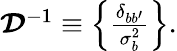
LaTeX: \begin{array}{r}{\mathbfcal{D}^{-1}\equiv\left\{ \frac{\delta_{bb^{\prime}}}{\sigma_{b}^{2}}\right\} .}\end{array}